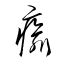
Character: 瘉